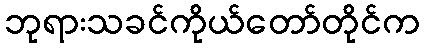
ဘုရားသခင်ကိုယ်တော်တိုင်က